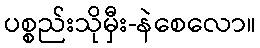
ပစ္စည်းသိုမှီး-နဲစေလော။